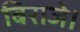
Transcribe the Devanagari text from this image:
बिराजे।